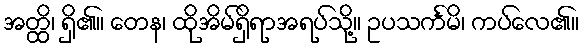
အတ္ထိ၊ ရှိ၏။ တေန၊ ထိုအိမ်ရှိရာအရပ်သို့။ ဥပသင်္ကမိ၊ ကပ်လေ၏။